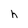
Character: h